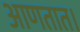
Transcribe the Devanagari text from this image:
आणतात।